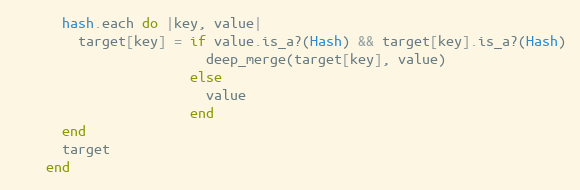
Language: Ruby
      hash.each do |key, value|
        target[key] = if value.is_a?(Hash) && target[key].is_a?(Hash)
                        deep_merge(target[key], value)
                      else
                        value
                      end
      end
      target
    end